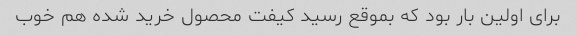
برای اولین بار بود که بموقع رسید کیفت محصول خرید شده هم خوب